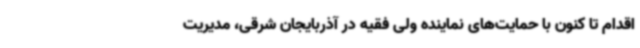
اقدام تا کنون با حمایت‌های نماینده ولی فقیه در آذربایجان شرقی، مدیریت